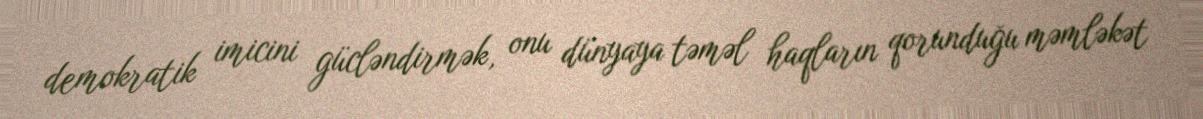
demokratik imicini gücləndirmək, onu dünyaya təməl haqların qorunduğu məmləkət